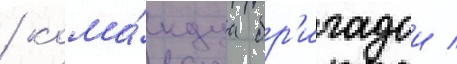
/ кома́ндуа бр'игадои /